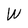
Character: W